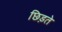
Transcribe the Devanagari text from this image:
छिड़ते